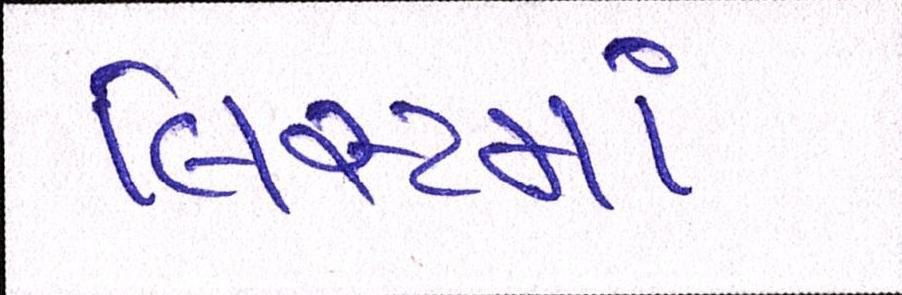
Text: લિસ્ટમાં